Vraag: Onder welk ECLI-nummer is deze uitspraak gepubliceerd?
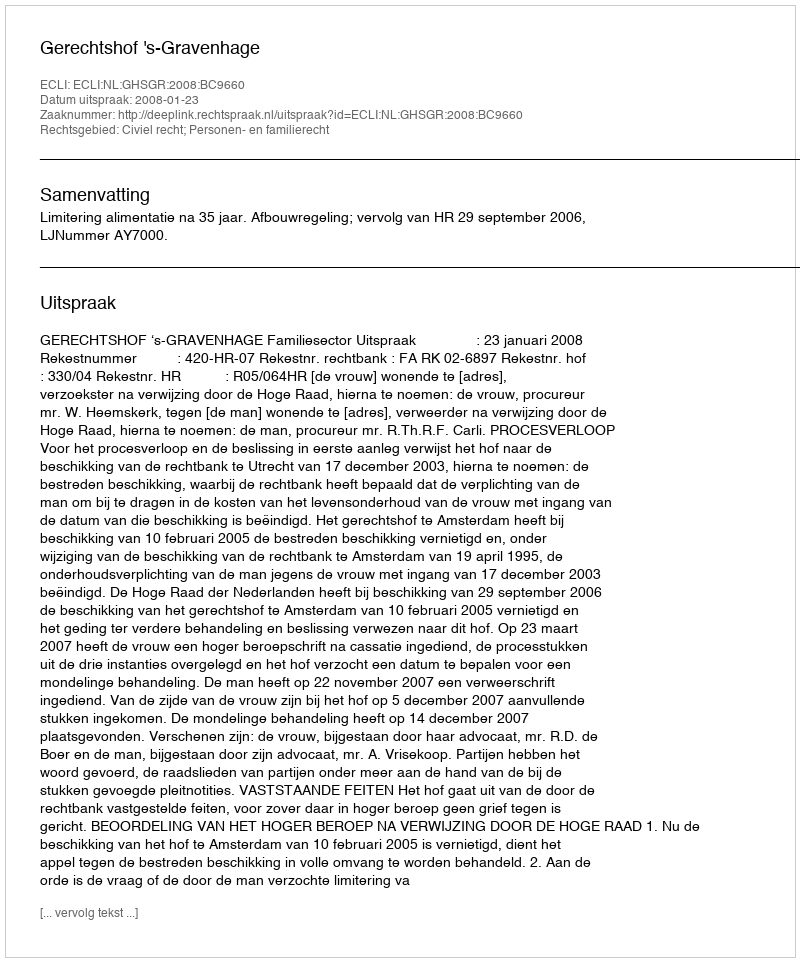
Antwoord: ECLI:NL:GHSGR:2008:BC9660